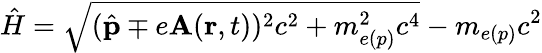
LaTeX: \hat{H}=\sqrt{(\hat{\mathbf{p}}\mp e\mathbf{A}(\mathbf{r},t))^{2}c^{2}+m_{e(p)}^{2}c^{4}}-m_{e(p)}c^{2}